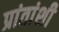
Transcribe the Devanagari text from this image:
प्रांतांशी